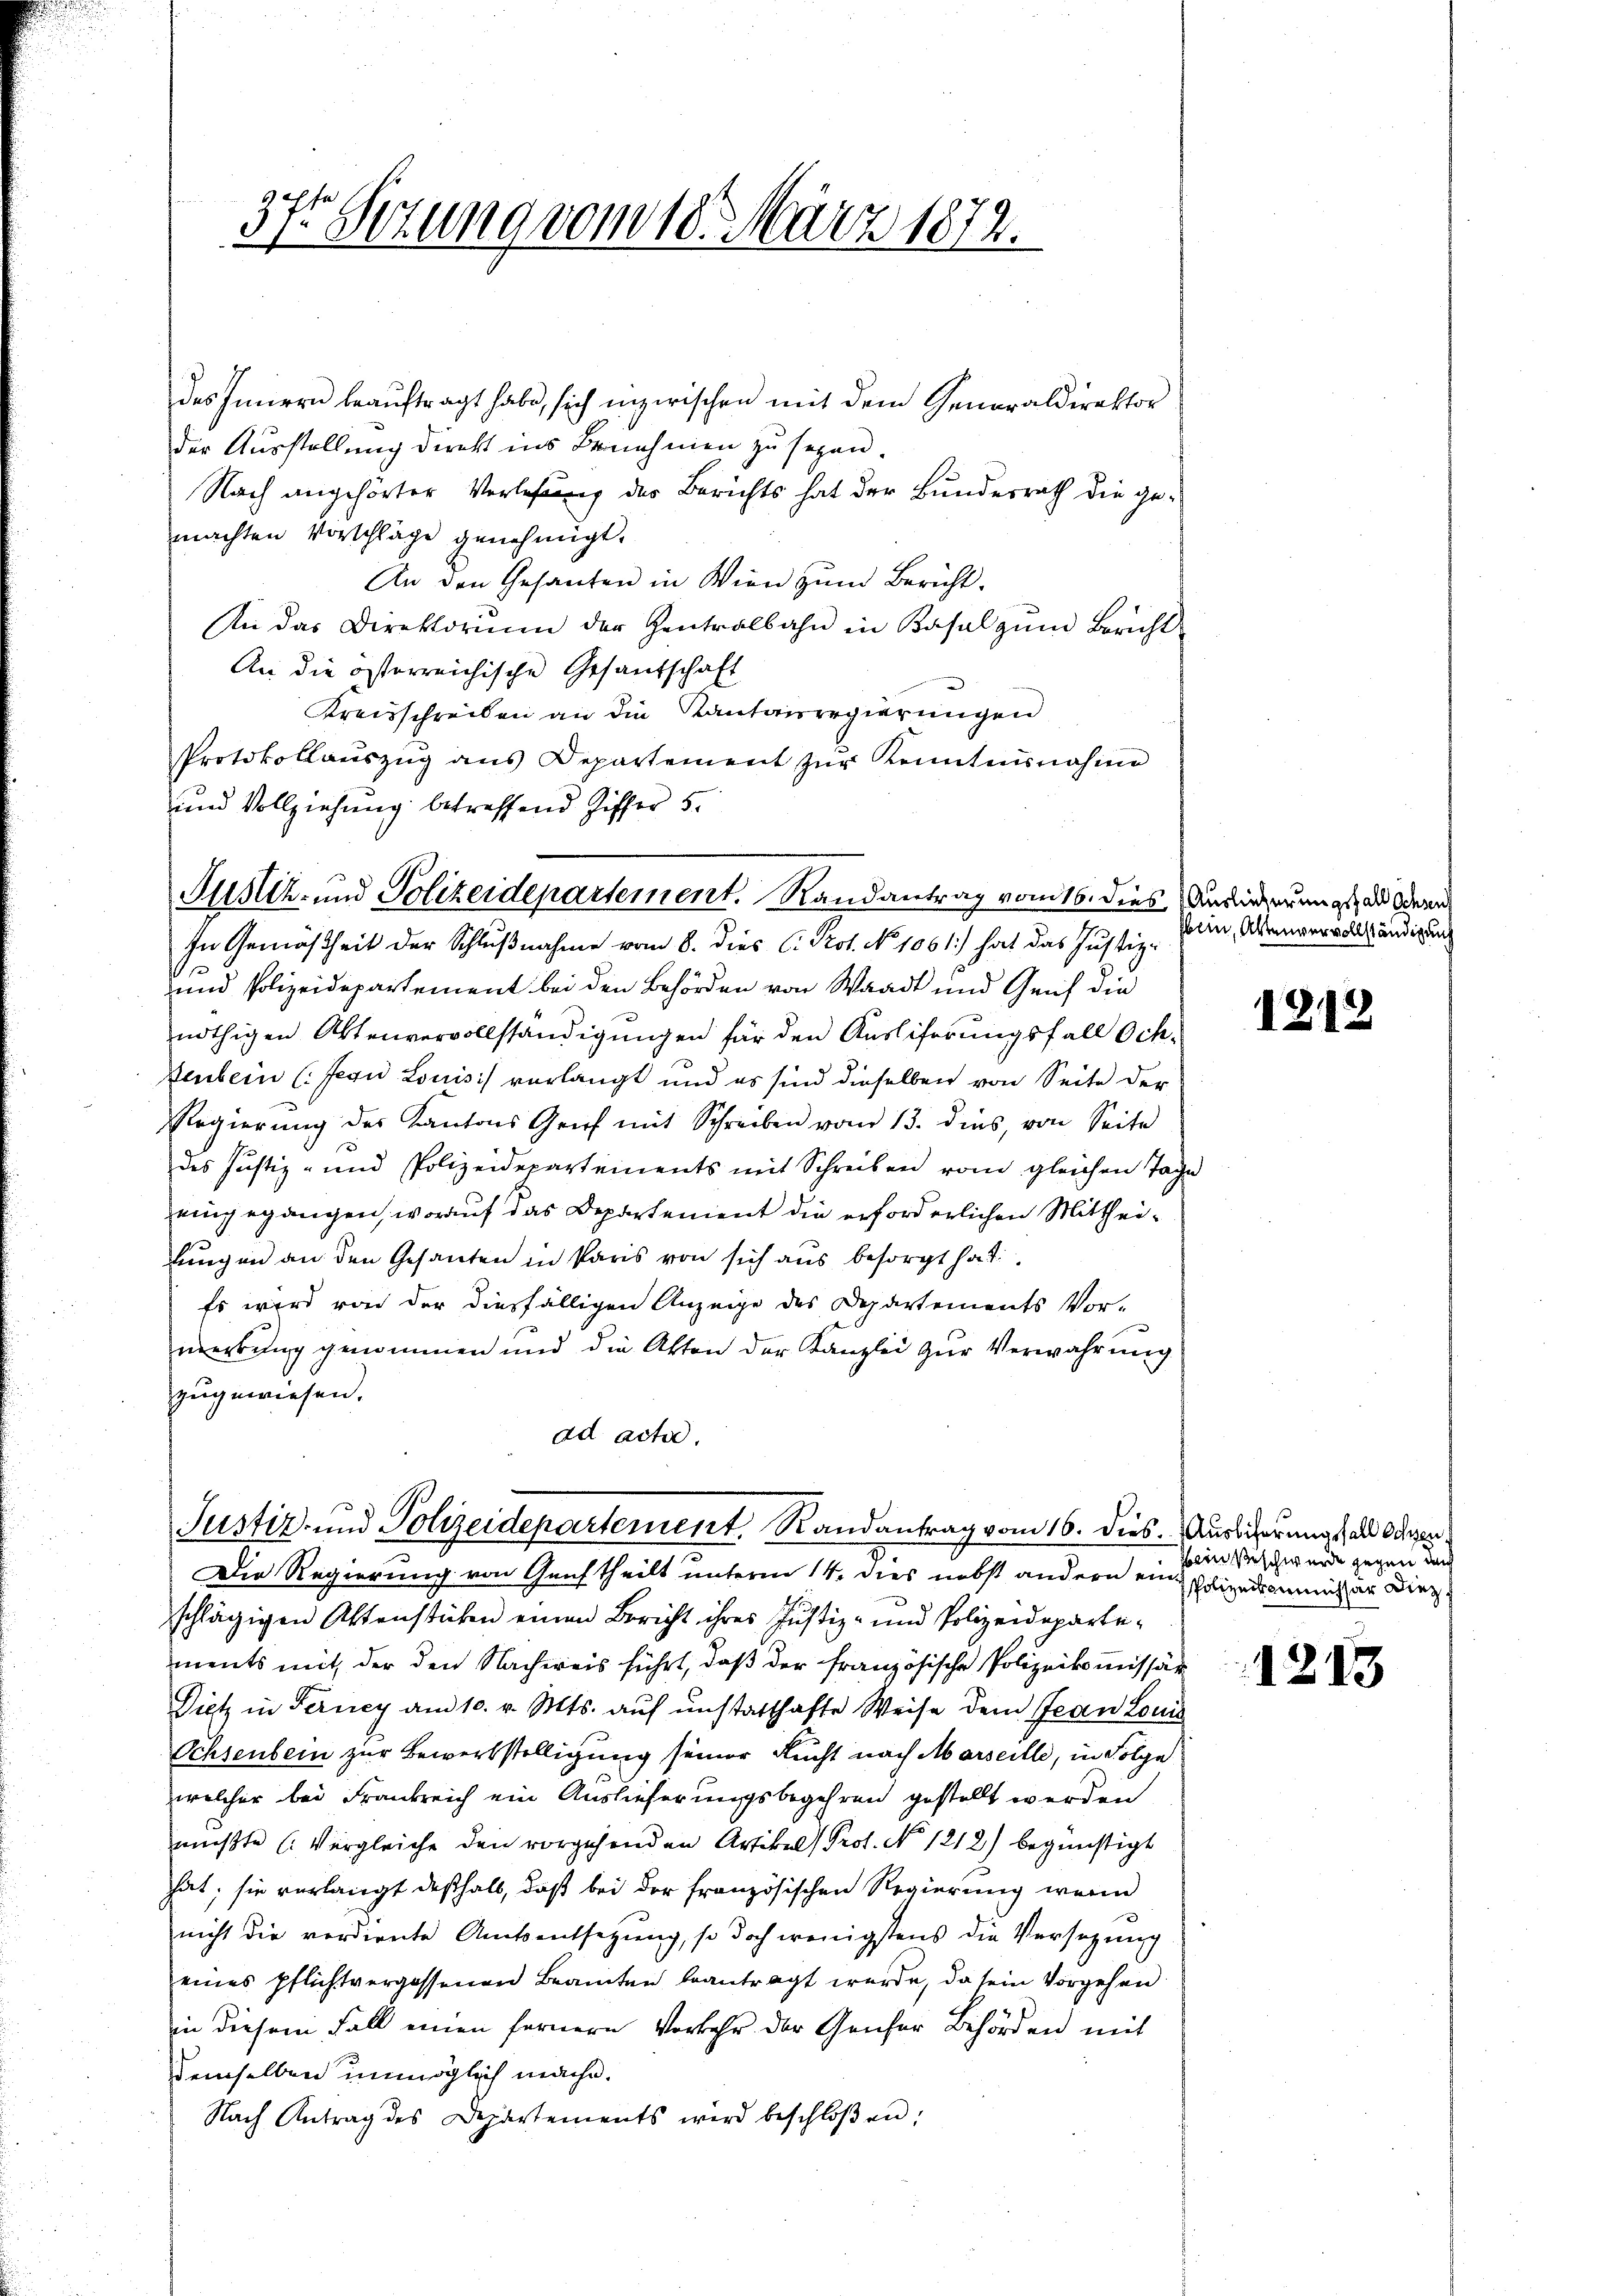
37. Setzung vom 18. März 1872.

des Innern beauftragt habe, sich inzwischen mit dem Generaldirektor
der Ausstellung direkt ins Benehmen zu sezen.
Nach angehörter Verlesung der Berichts hat der Bundesrath die gemachten Vorschläge genehmigt.
An den Gesanten in Wien zŭm Bericht.
An das Direktorium der Zentralbahn in Basel zum Bericht
An die österreichische Gesandschaft
Kreisschreiben an die Kantonsregierungen
Protokollaŭszŭg ans Departement zŭr Kenntensnahme
und Vollziehung betreffend Ziffer 5.

und Polizeidepartement bei den Behörden von Waadt und Genf die
nöthigen Aktenvervollständigungen für den Ausliferungsfall Och-
Renbein (Jegu Louis verlangt und es sind dieselben von Seite der
Regierung des Kantons Grief mit Schreiben vom 13. dies, von Seite
des Justiz- und Polizeidepartements mit Schreiben vom gleichen Tage
eingegangen, worauf das Departement die erforderlichen Mittheilungen an den Gesanten in Paris von sich aus besorgt hat
Es wird von der diesfälligen Anzeige des Departements Vor-
merkung genommen und die Akten der Kanzlei zur Verwahrung
zugewiesen.
ad acta.

Justiz- und Polizeidepartement. Randantrag vom 16. dies Auseinerungs, als denn
In Gemäßheit der Schlußnahme vom 8. dies C. Prot. No. 1061.) hat das Justiz-

Justiz- und Polizeidepartement, Randantrag vom 16. dies. Auslicherung des Ochsen

Die Regierung von Genf theilt unterm 14. dies nebst andern ein polizeikommer Ding
schlägigen Aktenstücken einen Bericht ihres Justiz- und Polizeidepartements mit der den Nachweis führt, daß der französische Polizeikomissär
Dietz in Ferney am 10. v. Mts. auf unstatthafte Weise dem Jean Louis
Ochsenbern zur Bewerkstelligung seiner Recht nach Marseille, in Folge
welcher bei Frankreich ein Auslieferungsbegehren gestellt werden
mußte (Vergleiche den vorgehenden Artikel Prof. No 1212) begünstigt
hat; sie verlangt deßhalb, daß bei der französischen Regierung wenn
nicht die verdiente Amtsentsetzung, so doch wenigstens die Versezung
eines pflichtvergessenen Beamten beantragt werde, da sein Vorgehen.
in diesem Fall einen fernere Vorkehr der Genfer Behörden mit
Demselben unmöglich mache.
Nach Antrag des Departements wird beschloßen:

bein, Aktenvervollständigung

1212

sein Beschwerde gegen durch

1213